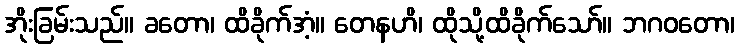
အိုးခြမ်းသည်။ ခတော၊ ထိခိုက်အံ့။ တေနဟိ၊ ထိုသို့ထိခိုက်သော်။ ဘဂဝတော၊